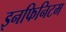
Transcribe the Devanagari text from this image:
इनफिनिटम